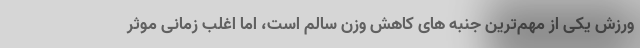
ورزش یکی از مهم‌ترین جنبه های کاهش وزن سالم است، اما اغلب زمانی موثر